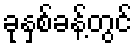
ခုနှစ်ခန့်တွင်